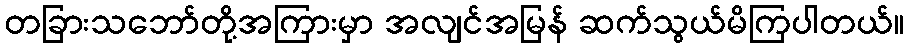
တခြားသဘော်တို့အကြားမှာ အလျင်အမြန် ဆက်သွယ်မိကြပါတယ်။